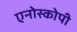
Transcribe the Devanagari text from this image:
एनोस्कोपी